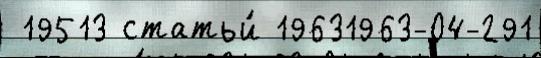
 19513 статьи́ 19631963-04-291